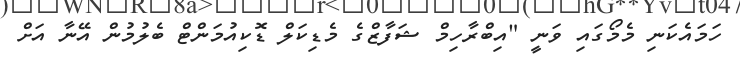
ހަމައެކަނި މެމޯގައި ވަނީ "އިބްރާހިމް ޝަފާޒްގެ މެޑިކަލް ޑޮކިއުމަންޓް ބެލުމުން އޭނާ އަށް